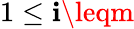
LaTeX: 1\leq\mathbf{i}\leqm